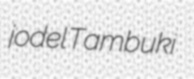
jodel Tambuki